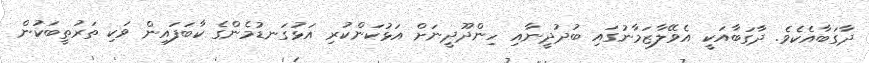
ދާގަބާއެކެވެ. ދާގަބާއަކީ އެވޭލާޒަމާނުގައި ބުދުދީނާއި ހިންދޫދީނަށް އަޅުކަންކުރި އަޅުގަނޑުމެންގެ ކާބަފައިން ވަކި ތަރުތީބަކުން